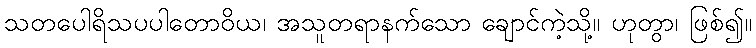
သတပေါရိသပပါတောဝိယ၊ အသူတရာနက်သော ချောင်ကဲ့သို့။ ဟုတွာ၊ ဖြစ်၍။